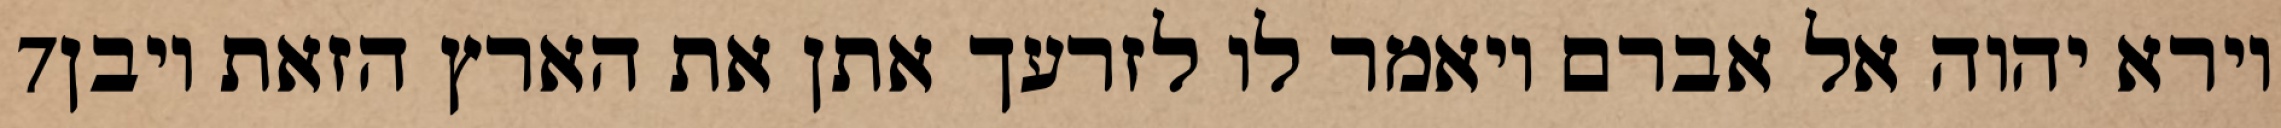
‎7‏ וירא יהוה אל אברם ויאמר לו לזרעך אתן את הארץ הזאת ויבן